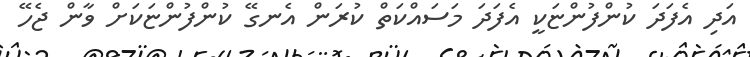
އަދި އެފަދަ ކުންފުންޏަކީ އެފަދަ މަސައްކަތް ކުރަން އެނގޭ ކުންފުންޏަކަށް ވާން ޖެހޭ